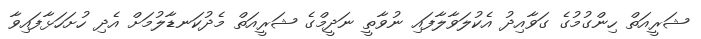
ޝަރީއަތް ހިންގުމުގެ ގަވާއިދު އެކުލަވާލާފައި ނުވާތީ ނަދީމްގެ ޝަރީއަތް މެދުކަނޑާލުމަށް އެދި ހުށަހަޅާފައިވާ